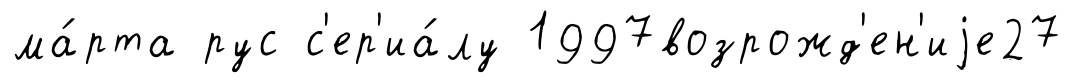
ма́рта рус с'ер'иа́лу 1997возрожд'ен'иjе27